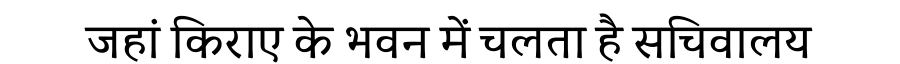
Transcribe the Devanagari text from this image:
जहां किराए के भवन में चलता है सचिवालय